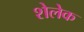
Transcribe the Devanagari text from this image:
शेलेक